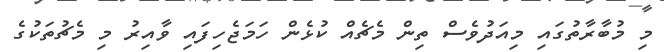
މި މުބާރާތުގައި މިއަދުވެސް ތިން މެޗެއް ކުޅެން ހަމަޖެހިފައި ވާއިރު މި މެޗުތަކުގެ